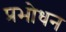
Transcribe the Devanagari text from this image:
प्रभोधन